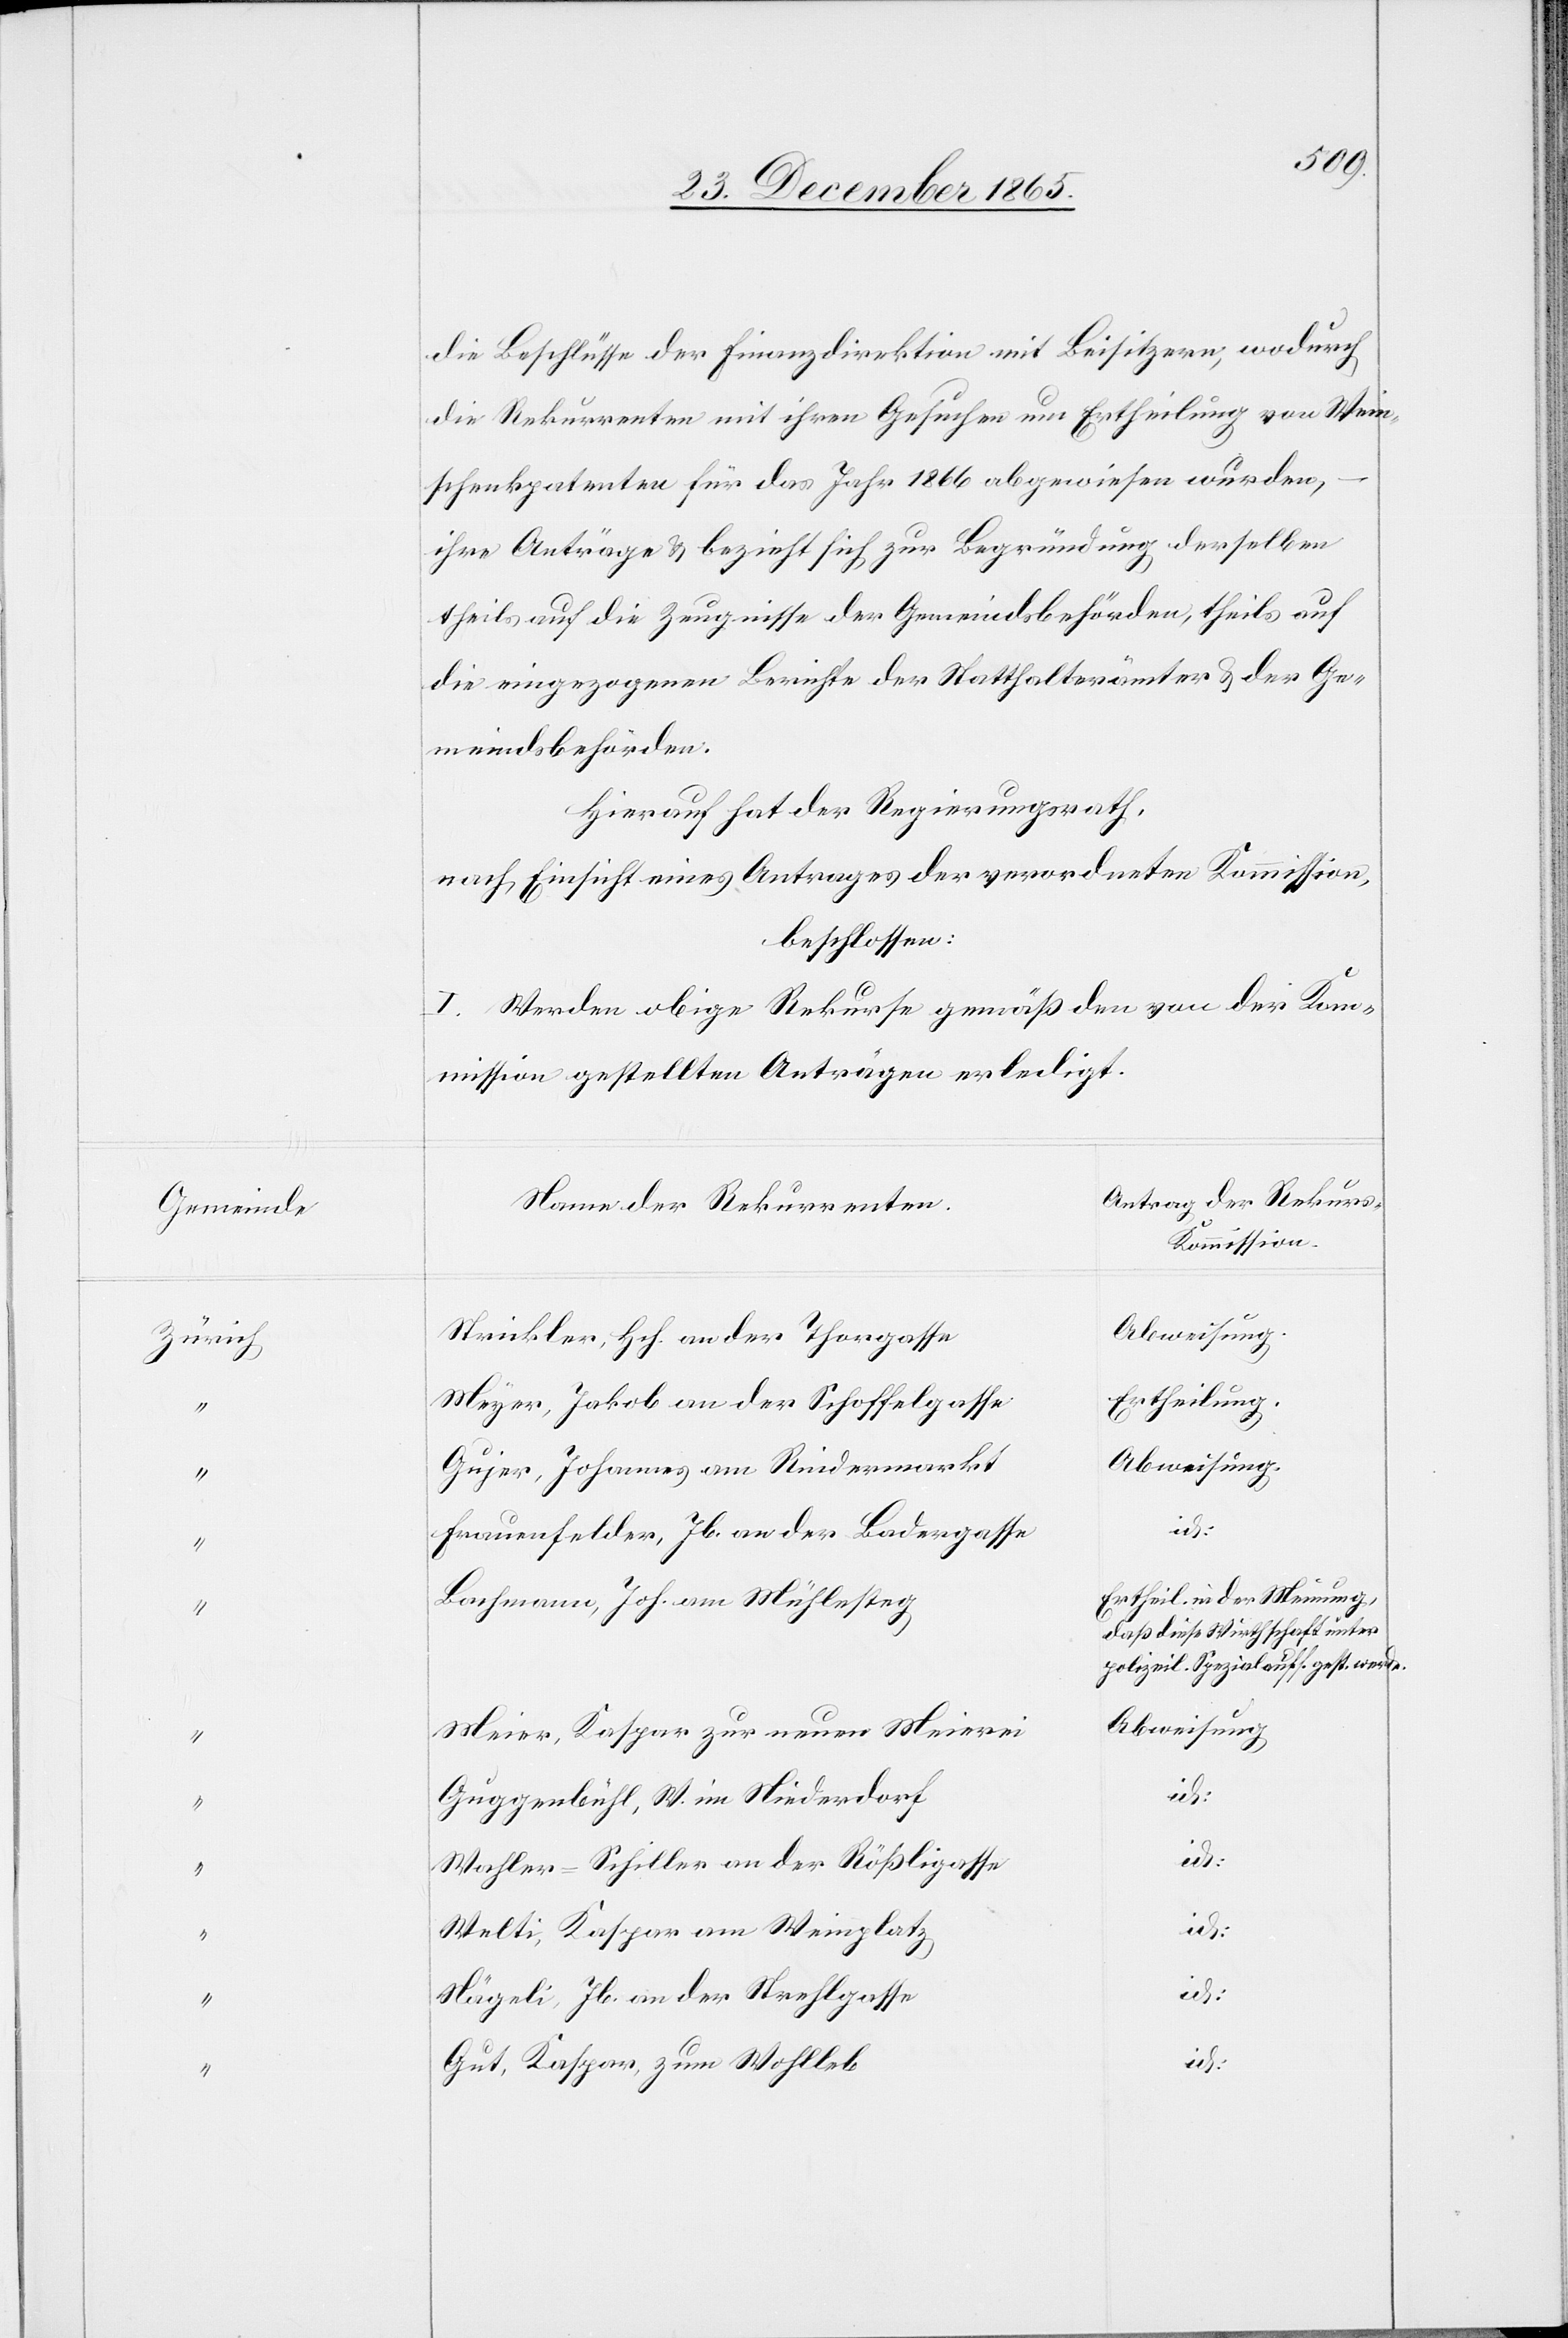
Gemeinde

die Beschlüsse der Finanzdirektion mit Beisitzern, wodurch
die Rekurrenten mit ihren Gesuchen um Ertheilung von Wein¬
schenkpatenten für das Jahr 1866 abgewiesen wurden,
ihre Anträge & bezieht sich zur Begründung derselben
theils auf die Zeugnisse der Gemeindsbehörden, theils auf
die eingezogenen Berichte der Statthalterämter & der Ge¬
meindsbehörden.
Hierauf hat der Regierungsrath,
nach Einsicht eines Antrages der verordneten Kommission,
beschlossen:
I. Werden obige Rekurse gemäß den von der Kom¬
mission gestellten Anträgen erledigt.
Antrag der Rekur¬
Name der Rekurrenten.
s-Kommission.
Strickler, Hch. an der Thorgasse
Ertheilung.
Meyer, Jakob an der Schoffelgasse
Gujer, Johannes am Rindermarkt
Frauenfelder, Jb. an der Badergasse
Ertheil. in der Meinung,
Bachmann, Joh. am Mühlesteg
daß diese Wirthschaft unter
polizeil. Spezialaufs. gest. werde.
Abweisung
Meier, Kaspar zur neuen Meierei
id:
Guggenbühl, W. im Niederdorf
id:
Wahler-Schiller an der Rößligasse
id:
Welti, Kaspar am Weinplatz
id:
Nägeli, Jb. an der Strehlgasse
id:
Gut, Kaspar, zum Wohlleb